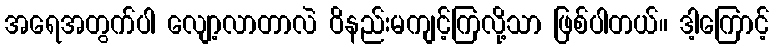
အရေအတွက်ပါ လျော့လာတာလဲ ဝိနည်းမကျင့်ကြလို့သာ ဖြစ်ပါတယ်။ ဒါ့ကြောင့်